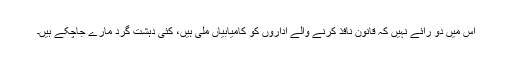
اس میں دو رائے نہیں کہ قانون نافذ کرنے والے اداروں کو کامیابیاں ملی ہیں، کئی دہشت گرد مارے جاچکے ہیں۔